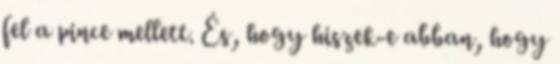
fel a pince mellett. És, hogy hiszek-e abban, hogy